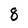
Character: 8